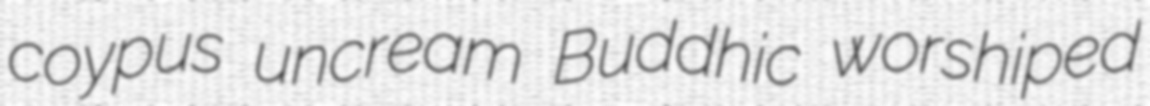
coypus uncream Buddhic worshiped